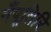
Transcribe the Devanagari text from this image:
नँपूतिरि